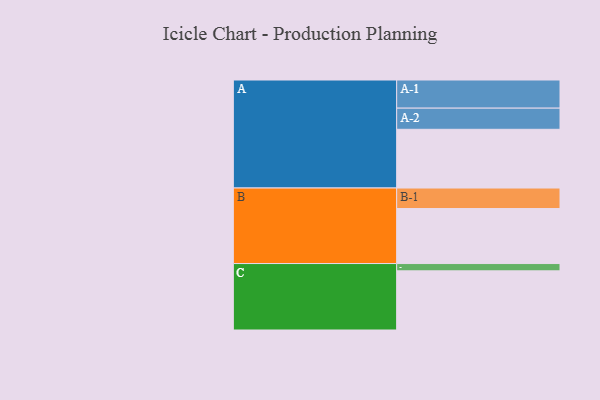
{"axis": {"x": "Segment", "y": "Value"}, "legend": ["", "A", "B", "C"], "data": [{"x": "A", "y": 524, "type": ""}, {"x": "B", "y": 491, "type": ""}, {"x": "C", "y": 528, "type": ""}, {"x": "A-1", "y": 251, "type": "A"}, {"x": "A-2", "y": 189, "type": "A"}, {"x": "B-1", "y": 183, "type": "B"}, {"x": "C-1", "y": 65, "type": "C"}]}